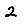
Digit: 2